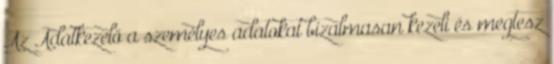
Az Adatkezelő a személyes adatokat bizalmasan kezeli és megtesz